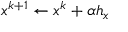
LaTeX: x ^ { k + 1 } \leftarrow x ^ { k } + \alpha h _ { x }